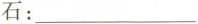
石：___